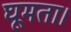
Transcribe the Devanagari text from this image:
घूमता।